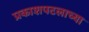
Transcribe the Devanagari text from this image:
प्रकाशपटलाच्या